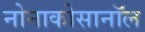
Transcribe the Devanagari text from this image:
नोनाकोसानॉल